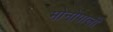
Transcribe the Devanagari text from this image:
मोनोपाली